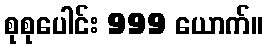
စုစုပေါင်း 999 ယောက်။